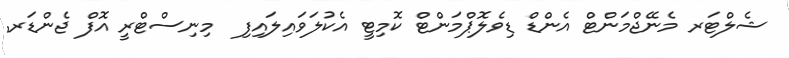
ޝެލްޓަރ މެނޭޖްމަންޓް އެންޑް ޑިވެލޮޕްމަންޓް ކޮމިޓީ އެކުލަވައިލައިފި  މިނިސްޓްރީ އޮފް ޖެންޑަރ